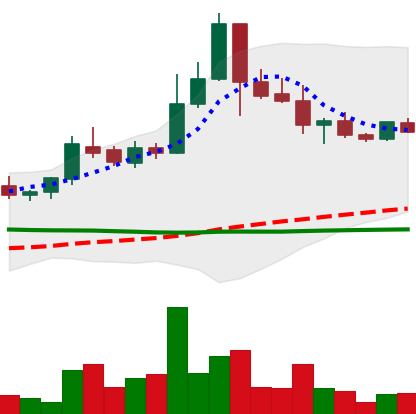
Ticker: BTC-USD
Chart end date: 2015-07-21
Forward return: 6.11%
Label: up_5_7